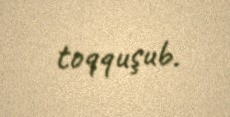
toqquşub.